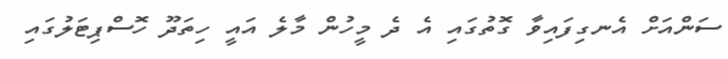
ސަންއަށް އެނގިފައިވާ ގޮތުގައި އެ ދެ މީހުން މާލެ އައީ ހިތަދޫ ހޮސްޕިޓަލުގައި